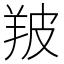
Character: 𦍷